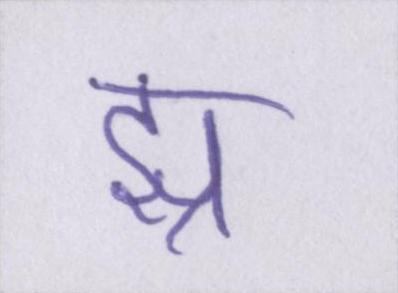
झ्र